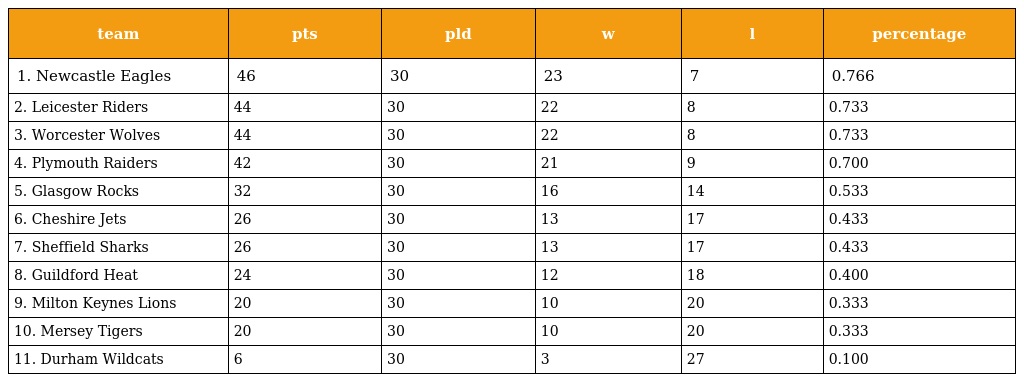
| team | pts | pld | w | l | percentage |
 | --- | --- | --- | --- | --- | --- |
 | 1. Newcastle Eagles | 46 | 30 | 23 | 7 | 0.766 |
 | 2. Leicester Riders | 44 | 30 | 22 | 8 | 0.733 |
 | 3. Worcester Wolves | 44 | 30 | 22 | 8 | 0.733 |
 | 4. Plymouth Raiders | 42 | 30 | 21 | 9 | 0.700 |
 | 5. Glasgow Rocks | 32 | 30 | 16 | 14 | 0.533 |
 | 6. Cheshire Jets | 26 | 30 | 13 | 17 | 0.433 |
 | 7. Sheffield Sharks | 26 | 30 | 13 | 17 | 0.433 |
 | 8. Guildford Heat | 24 | 30 | 12 | 18 | 0.400 |
 | 9. Milton Keynes Lions | 20 | 30 | 10 | 20 | 0.333 |
 | 10. Mersey Tigers | 20 | 30 | 10 | 20 | 0.333 |
 | 11. Durham Wildcats | 6 | 30 | 3 | 27 | 0.100 |